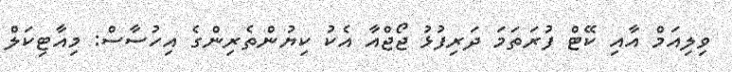
ވިލިއަމް އާއި ކޭޓް ފުރަތަމަ ދަރިފުޅު ޖޯޖްއާ އެކު ކިޔުންތެރިންގެ އިހުސާސް: މިއާޓިކަލް